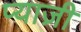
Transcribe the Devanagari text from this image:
प्याज़ी